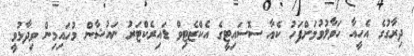
ދިރާގުގެ އެހީއާ ހަވާލުވުމަށްފަހު ކެއާ ސޮސައިޓީގެ އެކްޒެޓިވް ޑައިރެކްޓަރު ނައުޝާން މުހައިމިން ވިދާޅުވީ